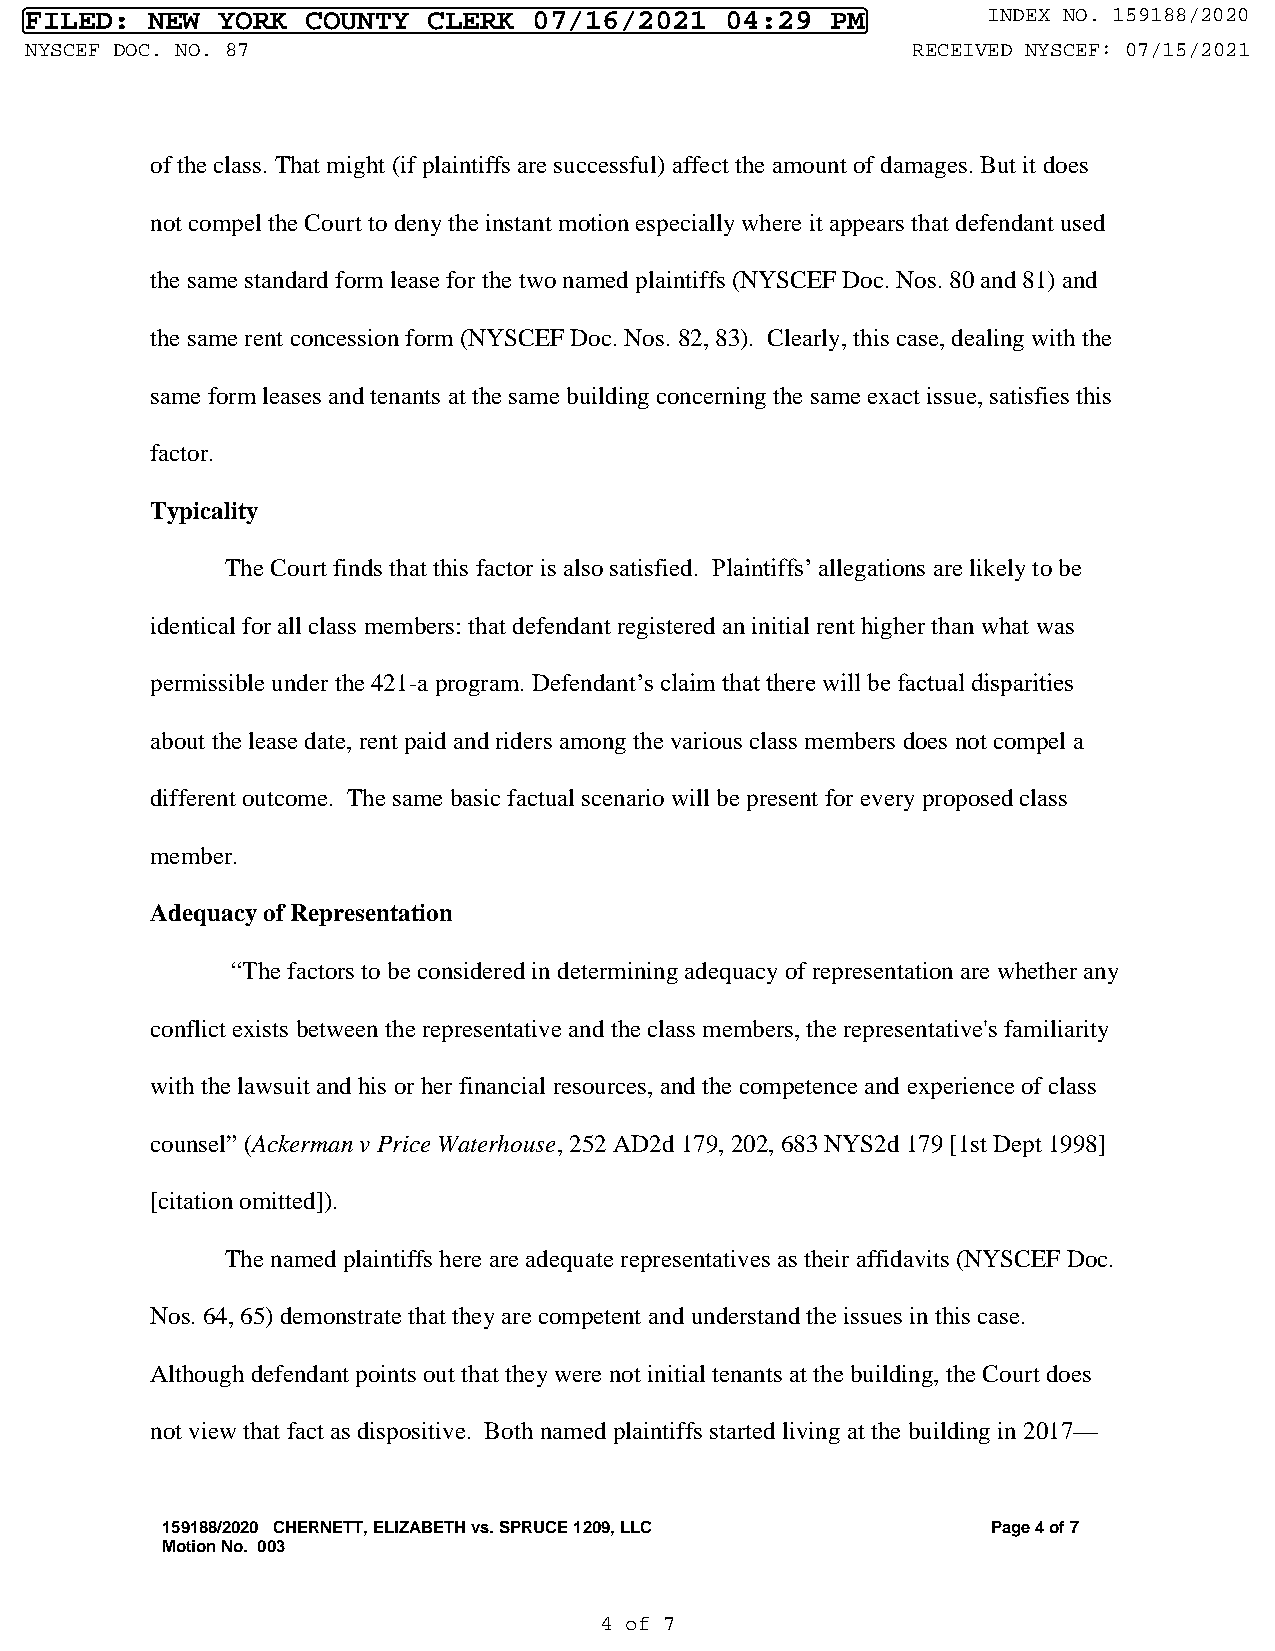
FILED:  NEW YORK  COUNTY  CLERK  07/16/2021   04:29  PM        INDEX NO. 159188/2020
 NYSCEF DOC. NO. 87                                        RECEIVED NYSCEF: 07/15/2021
 of the class. That might (if plaintiffs are successful) affect the amount of damages. But it does
 not compel the Court to deny the instant motion especially where it appears that defendant used
 the same standard form lease for the two named plaintiffs (NYSCEF Doc. Nos. 80 and 81) and
 the same rent concession form (NYSCEF Doc. Nos. 82, 83). Clearly, this case, dealing with the
 same form leases and tenants at the same building concerning the same exact issue, satisfies this
 factor.
 Typicality
 The Court finds that this factor is also satisfied. Plaintiffs’ allegations are likely to be
 identical for all class members: that defendant registered an initial rent higher than what was
 permissible under the 421-a program. Defendant’s claim that there will be factual disparities
 about the lease date, rent paid and riders among the various class members does not compel a
 different outcome. The same basic factual scenario will be present for every proposed class
 member.
 Adequacy of Representation
 “The factors to be considered in determining adequacy of representation are whether any
 conflict exists between the representative and the class members, the representative's familiarity
 with the lawsuit and his or her financial resources, and the competence and experience of class
 counsel” (Ackerman v Price Waterhouse, 252 AD2d 179, 202, 683 NYS2d 179 [1st Dept 1998]
 [citation omitted]).
 The named plaintiffs here are adequate representatives as their affidavits (NYSCEF Doc.
 Nos. 64, 65) demonstrate that they are competent and understand the issues in this case.
 Although defendant points out that they were not initial tenants at the building, the Court does
 not view that fact as dispositive. Both named plaintiffs started living at the building in 2017—
 159188/2020 CHERNETT, ELIZABETH vs. SPRUCE 1209, LLC   Page 4 of 7
 Motion No. 003
 4 of 7